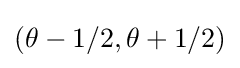
(\theta -1/2,\theta +1/2)